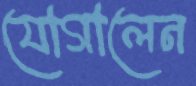
যোগালেন